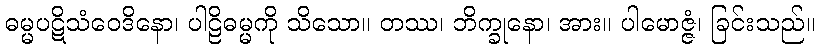
ဓမ္မပဋိသံဝေဒိနော၊ ပါဠိဓမ္မကို သိသော။ တဿ၊ ဘိက္ခုနော၊ အား။ ပါမောဇ္ဇံ၊ ခြင်းသည်။